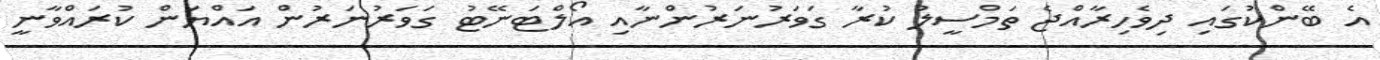
އެ ބޭންކުގައި ދިވެހިރާއްޖެ ތަމްސީލު ކުރާ ގަވަރުނަރުންނާއި އޯލްޓަނޭޓު ގަވަރުނަރުން އައްޔަން ކުރައްވާނީ